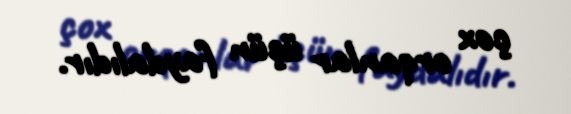
çox orqanlar üçün faydalıdır.